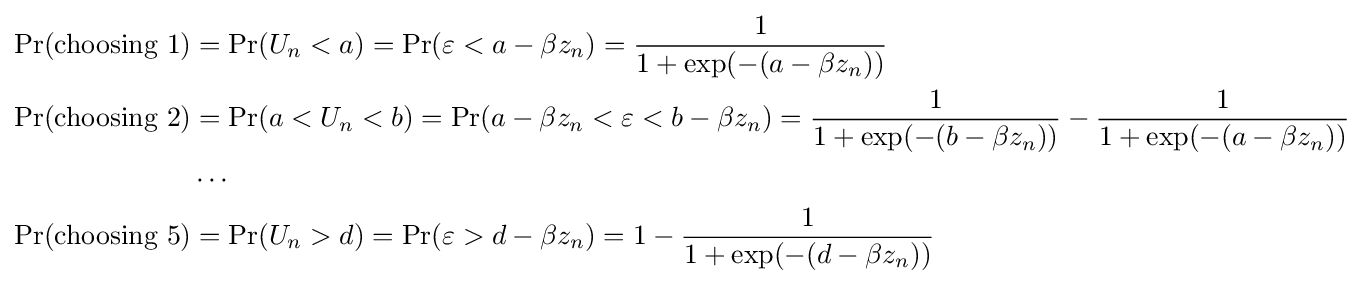
{\begin{aligned}\Pr({\text{choosing }}1)&=\Pr(U_{n}<a)=\Pr(\varepsilon <a-\beta z_{n})={1 \over 1+\exp(-(a-\beta z_{n}))}\\\Pr({\text{choosing }}2)&=\Pr(a<U_{n}<b)=\Pr(a-\beta z_{n}<\varepsilon <b-\beta z_{n})={1 \over 1+\exp(-(b-\beta z_{n}))}-{1 \over 1+\exp(-(a-\beta z_{n}))}\\&\cdots \\\Pr({\text{choosing }}5)&=\Pr(U_{n}>d)=\Pr(\varepsilon >d-\beta z_{n})=1-{1 \over 1+\exp(-(d-\beta z_{n}))}\end{aligned}}